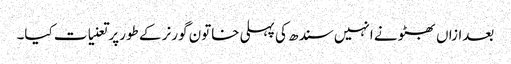
بعدازاں بھٹو نے انہیں سندھ کی پہلی خاتون گورنر کے طورپر تعنیات کیا۔